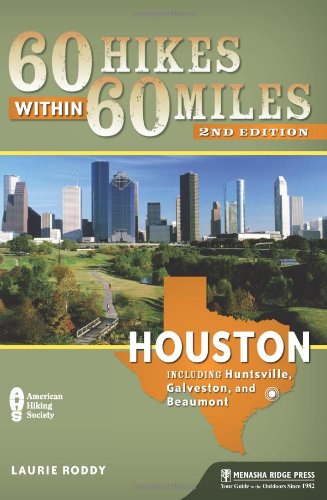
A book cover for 60 Hikes Within 60 Miles: Houston: Includes Huntsville, Galveston, and Beaumont; Laurie Roddy; Health, Fitness & Dieting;